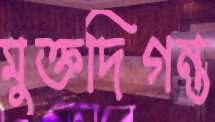
মুক্তদিগন্ত